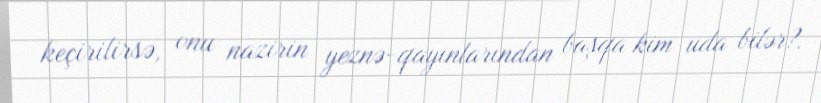
keçirilirsə, onu nazirin yeznə-qayınlarından başqa kim uda bilər?.